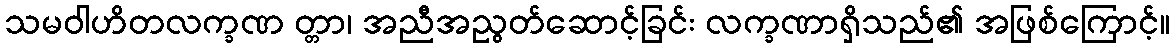
သမဝါဟိတလက္ခဏ တ္တာ၊ အညီအညွတ်ဆောင့်ခြင်း လက္ခဏာရှိသည်၏ အဖြစ်ကြောင့်။